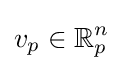
v_{p}\in \mathbb {R} _{p}^{n}